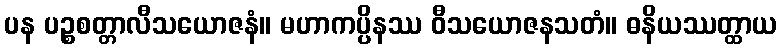
ပန ပဉ္စစတ္တာလီသယောဇနံ။ မဟာကပ္ပိနဿ ဝီသယောဇနသတံ။ ဓနိယဿတ္ထာယ